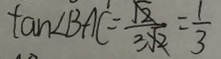
\tan \angle B A C = \frac { \sqrt { 2 } } { 3 \sqrt { 2 } } = \frac { 1 } { 3 }